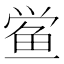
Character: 鲎